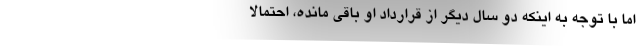
اما با توجه به اینکه دو سال دیگر از قرارداد او باقی مانده، احتمالا